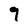
Character: 9